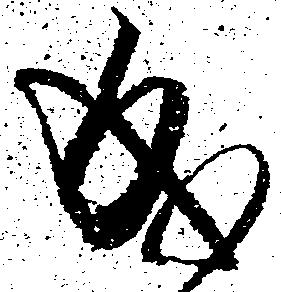
成